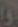
و